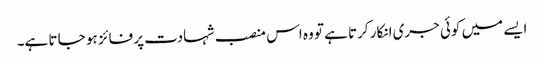
ایسے میں کوئی جری انکار کرتا ہے تو وہ اس منصب شہادت پر فائز ہو جا تا ہے۔